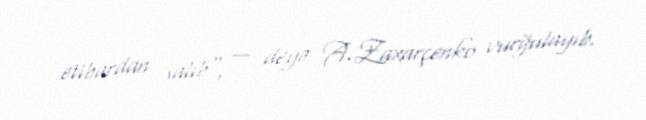
etibardan salıb", — deyə A.Zaxarçenko vurğulayıb.